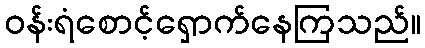
ဝန်းရံစောင့်ရှောက်နေကြသည်။